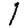
Digit: 1